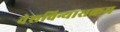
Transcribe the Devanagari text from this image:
वेशविन्यासक्रम